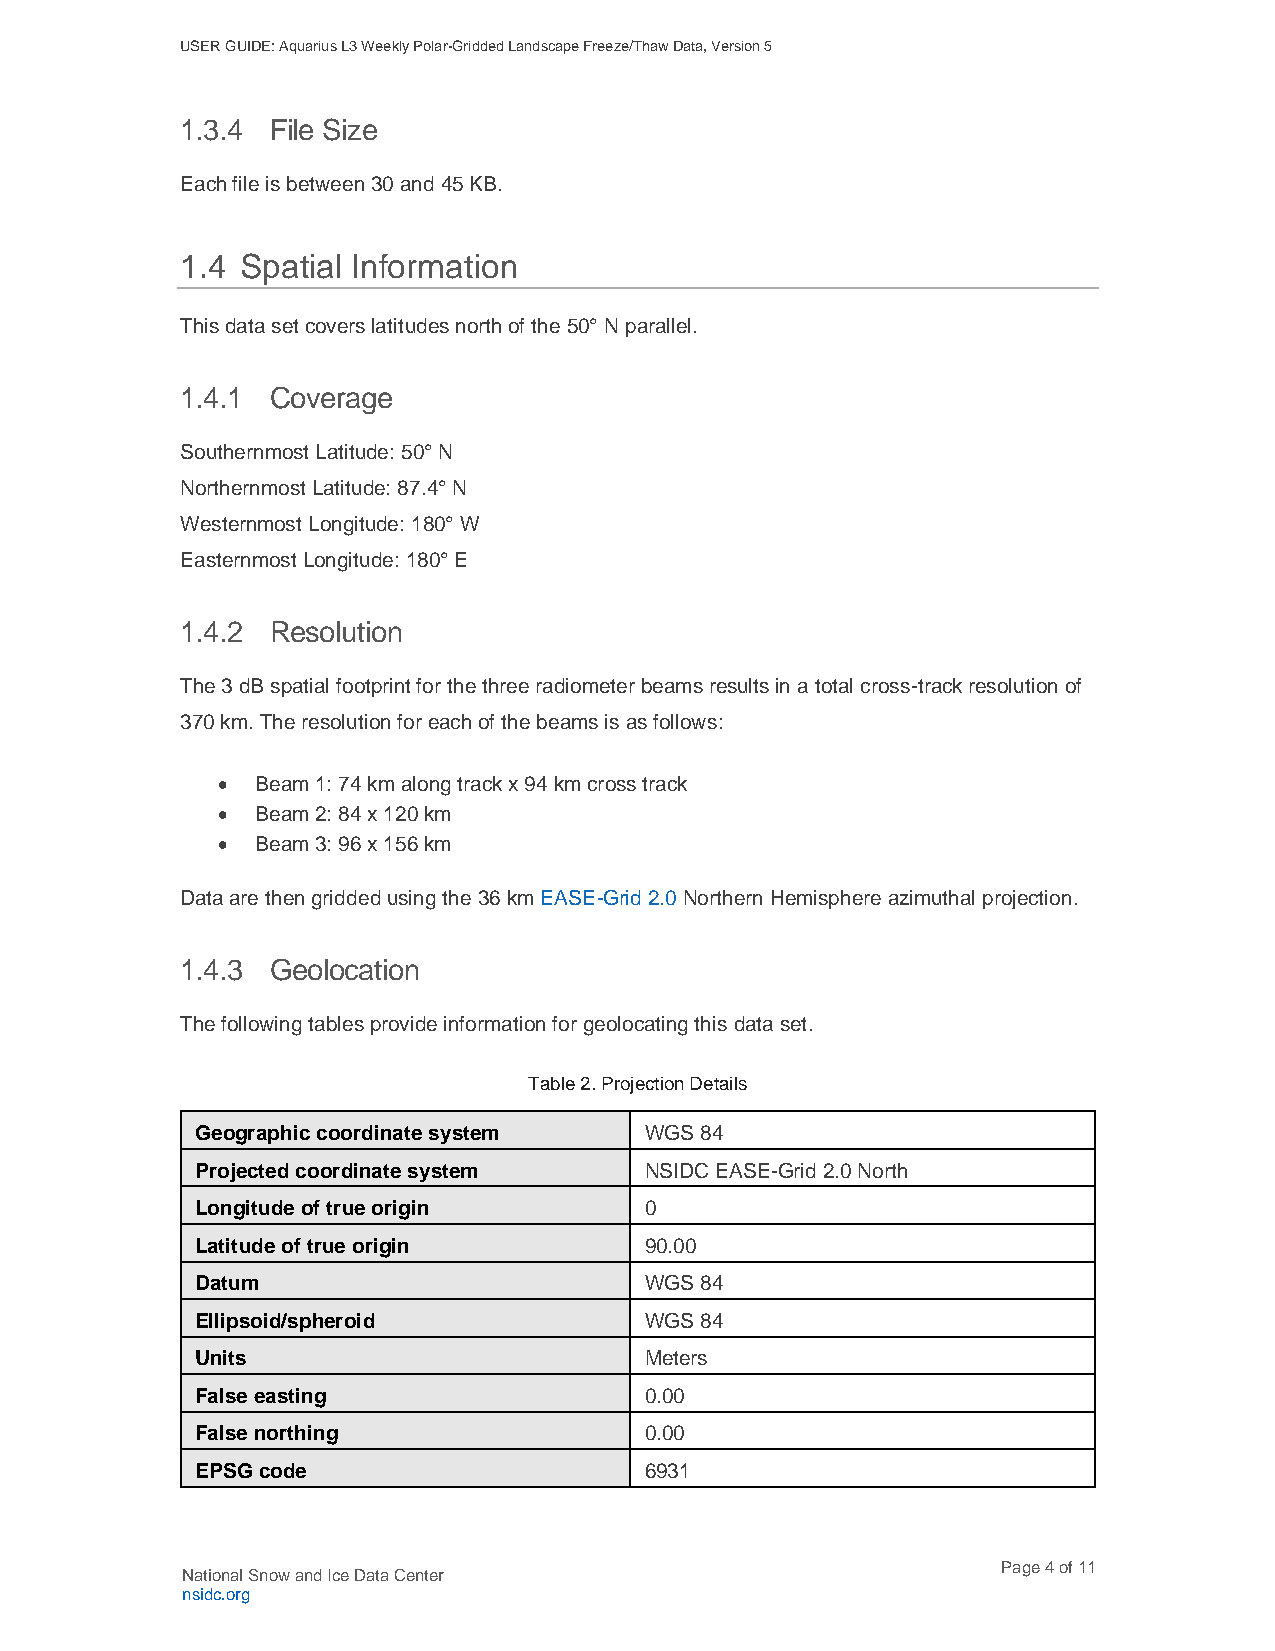
USER GUIDE: Aquarius L3 Weekly Polar-Gridded Landscape Freeze/Thaw Data, Version 5
 1.3.4 File Size
 Each file is between 30 and 45 KB.
 1.4 Spatial Information
 This data set covers latitudes north of the 50° N parallel.
 1.4.1 Coverage
 Southernmost Latitude: 50° N
 Northernmost Latitude: 87.4° N
 Westernmost Longitude: 180° W
 Easternmost Longitude: 180° E
 1.4.2 Resolution
 The 3 dB spatial footprint for the three radiometer beams results in a total cross-track resolution of
 370 km. The resolution for each of the beams is as follows:
 •  Beam 1: 74 km along track x 94 km cross track
 •  Beam 2: 84 x 120 km
 •  Beam 3: 96 x 156 km
 Data are then gridded using the 36 km EASE-Grid 2.0 Northern Hemisphere azimuthal projection.
 1.4.3 Geolocation
 The following tables provide information for geolocating this data set.
 Table 2. Projection Details
 Geographic coordinate system  WGS 84
 Projected coordinate system   NSIDC EASE-Grid 2.0 North
 Longitude of true origin      0
 Latitude of true origin       90.00
 Datum                         WGS 84
 Ellipsoid/spheroid            WGS 84
 Units                         Meters
 False easting                 0.00
 False northing                0.00
 EPSG code                     6931
 Page 4 of 11
 National Snow and Ice Data Center
 nsidc.org